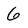
Character: 6